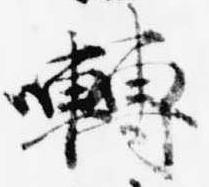
囀